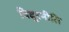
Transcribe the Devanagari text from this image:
विदूरनीति